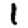
Digit: 1